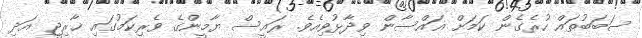
ސަބަބުތައް ހުރެގެން ކަމަށް ޣައްސާން ވިދާޅުވިއެވެ. ރައީސް ޔާމީންގެ ވެރިކަމުގައި ޚާރިޖީ އަދި